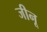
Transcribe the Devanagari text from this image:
जीनू